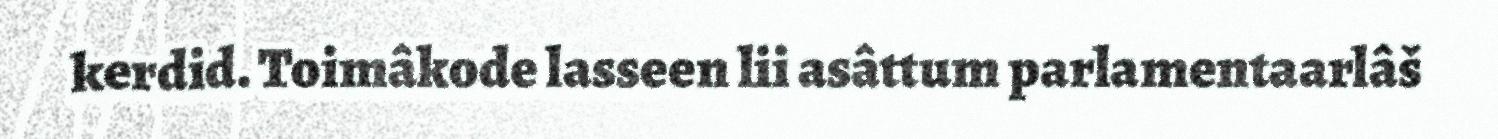
kerdid. Toimâkode lasseen lii asâttum parlamentaarlâš